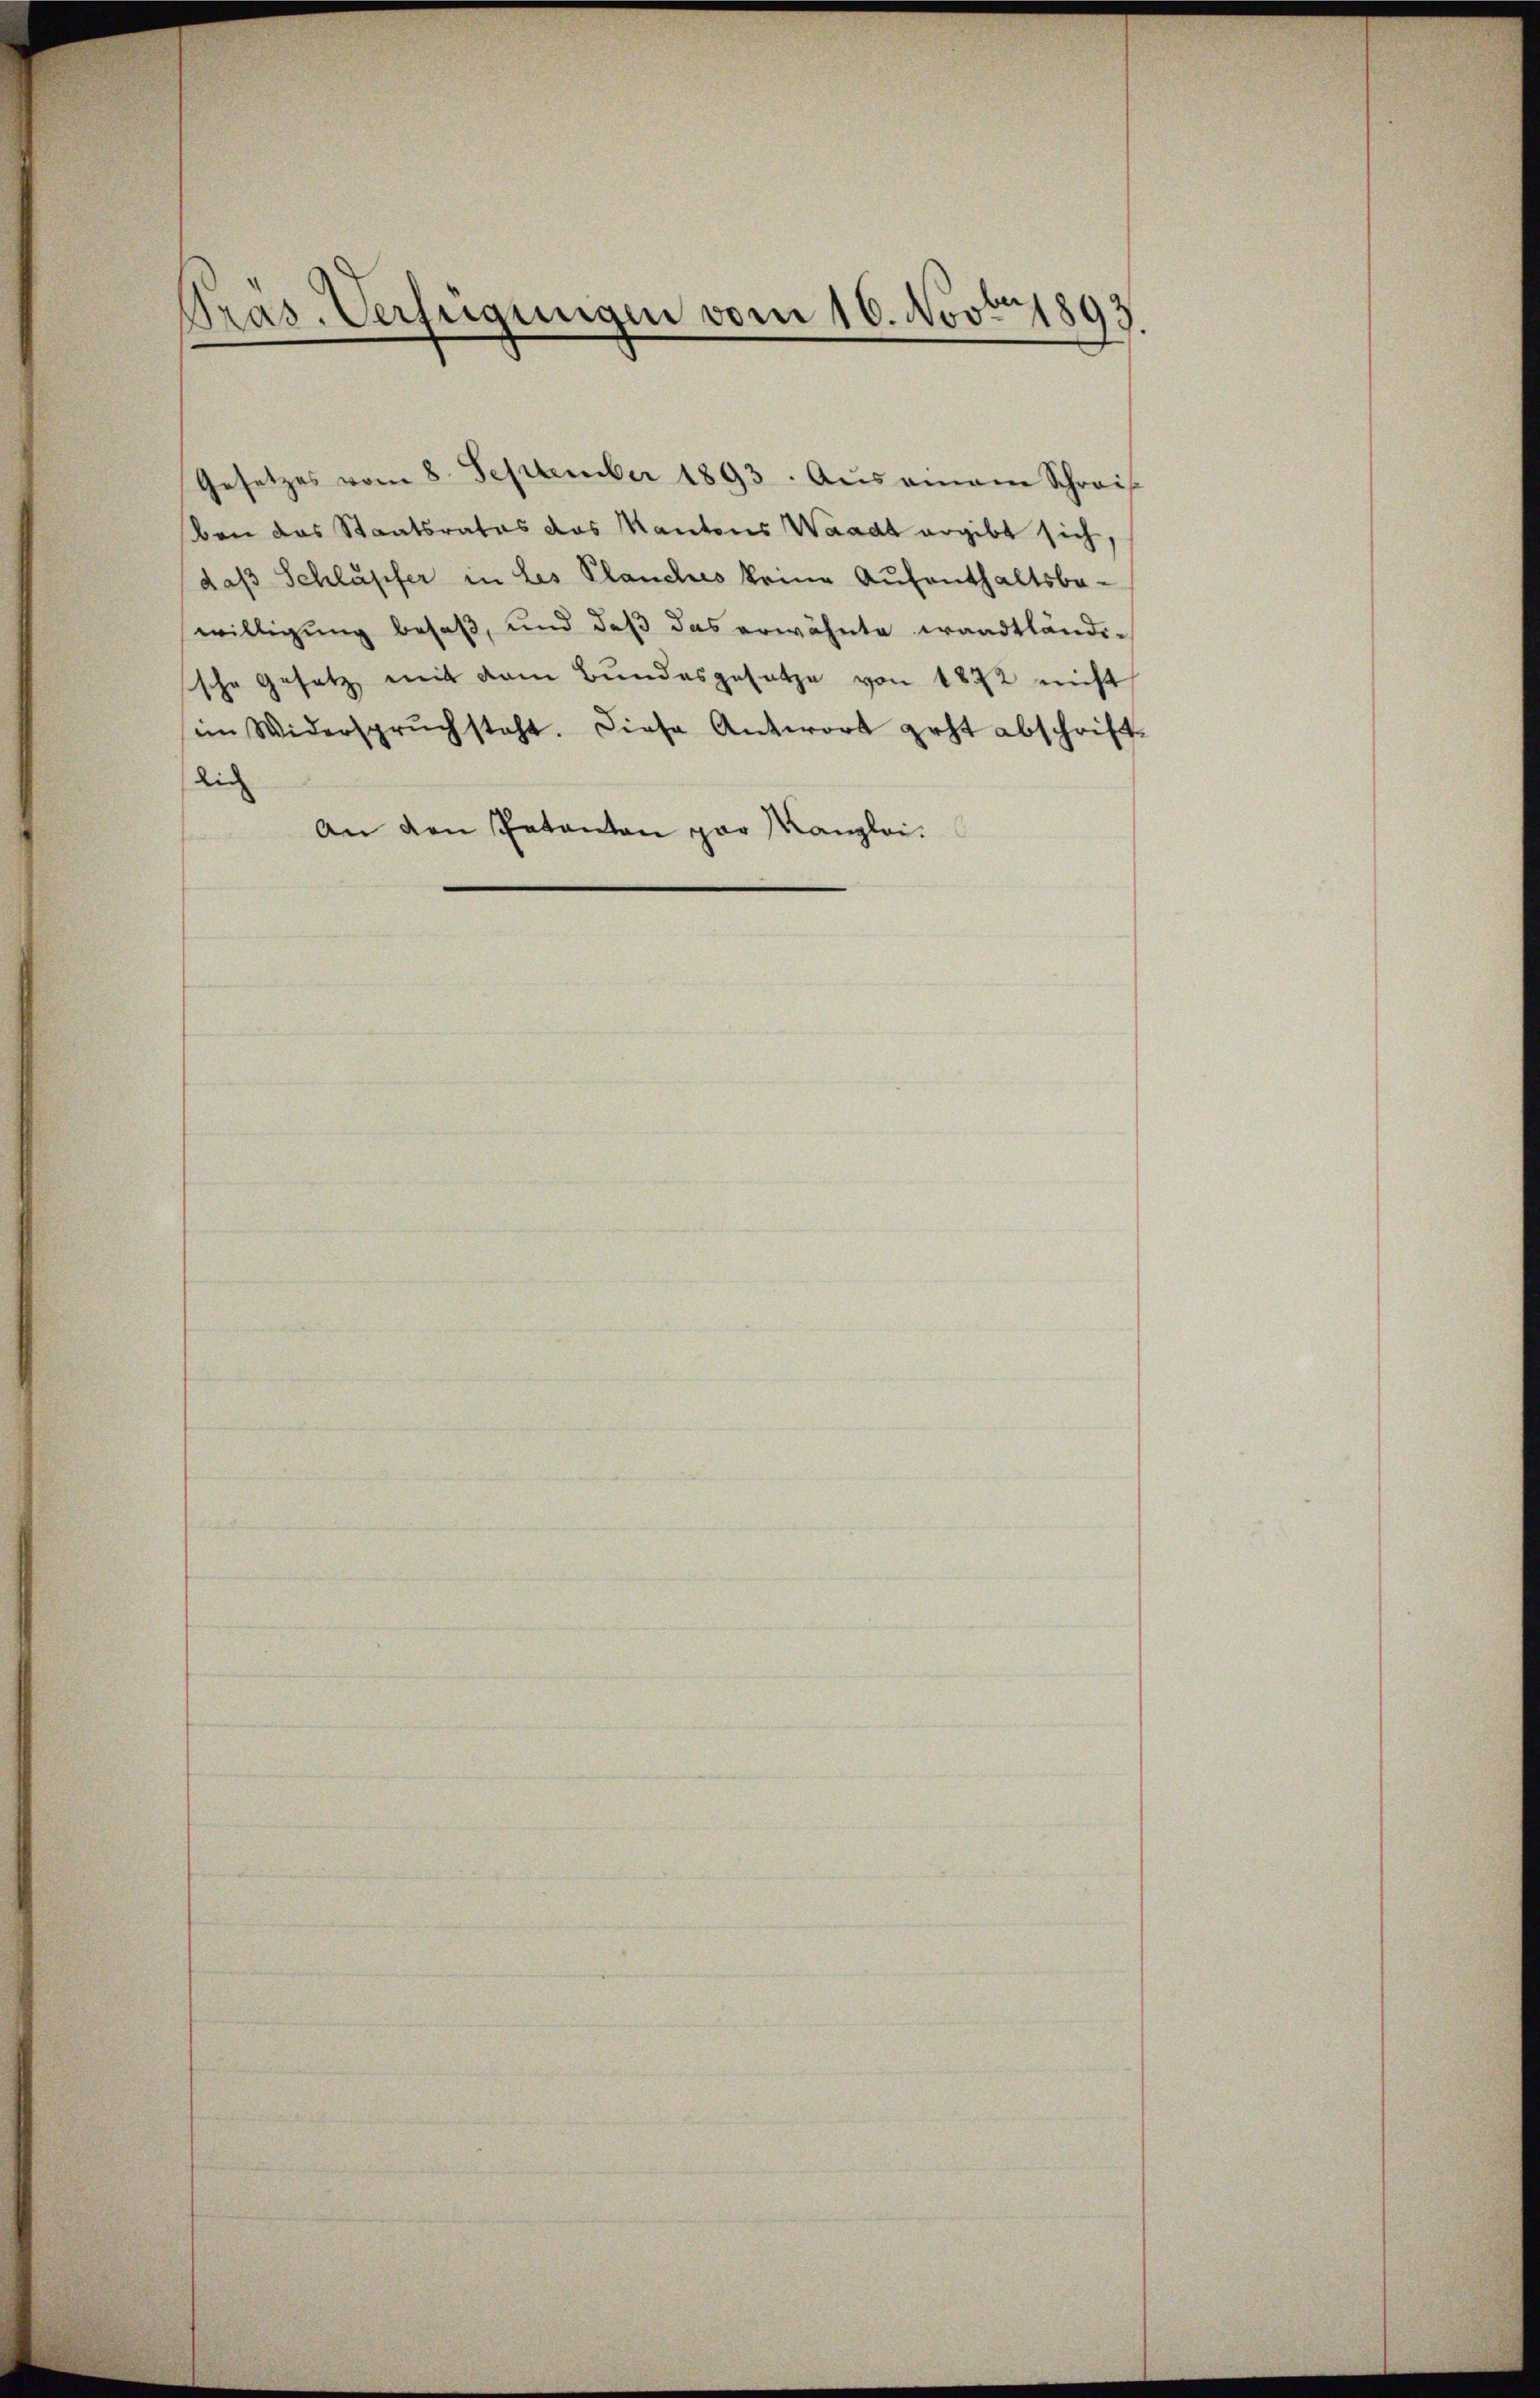
Präs. Verfügungen vom 16. Novbr 1893

Gesetzes vom 8. September 1893. Aŭsainame Schreif
ben das Staatsrates das Kantons Waadt ergibt sich,
daß Schlupfer in Les Planches keine Aufenthaltsbe-
willigung besaß, und daß das erwähnte waadtländische Gesetz mit dem Bundesgesetze von 1872 nicht
im Widerspruchsteht. Diese Antwort geht abschrift-
die
An den Patanton par Kanzlei.